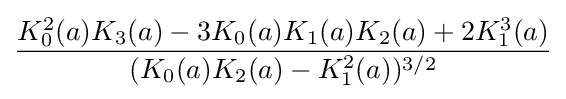
{\frac {K_{0}^{2}(a)K_{3}(a)-3K_{0}(a)K_{1}(a)K_{2}(a)+2K_{1}^{3}(a)}{(K_{0}(a)K_{2}(a)-K_{1}^{2}(a))^{3/2}}}